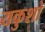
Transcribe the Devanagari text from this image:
यकुशो